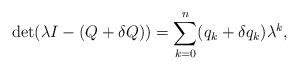
LaTeX: \begin{align*}\det(\lambda I - (Q + \delta Q)) = \sum_{k=0}^{n}(q_{k} + \delta q_{k}) \lambda^{k},\end{align*}